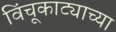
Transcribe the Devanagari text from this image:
विंचूकाट्याच्या